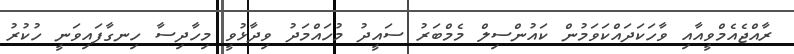
ރާއްޖެއެމްވީއާއި ވާހަކަދައްކަވަމުން ކައުންސިލް މެމްބަރު ސައީދު މުހައްމަދު ވިދާޅުވީ މިހާދިސާ ހިނގާފައިވަނީ ހުކުރު